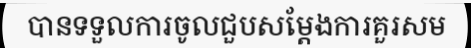
បានទទួលការចូលជួបសម្តែងការគួរសម